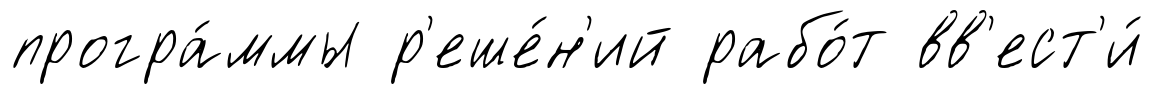
програ́ммы р'еше́н'ий рабо́т вв'ест'и́